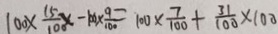
1 0 0 \times \frac { 1 5 } { 1 0 0 } x - 1 0 \times \frac { 9 } { 1 0 0 } = 1 0 0 \times \frac { 7 } { 1 0 0 } + \frac { 3 1 } { 1 0 0 } \times 1 0 0